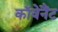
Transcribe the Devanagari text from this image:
काॅवेनैंट